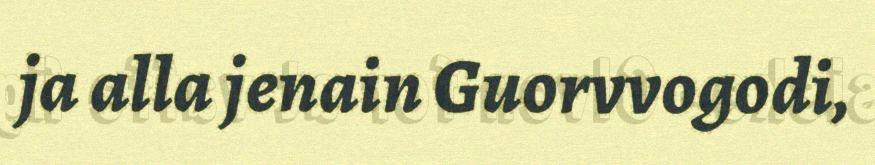
ja alla jenain Guorvvogodi,